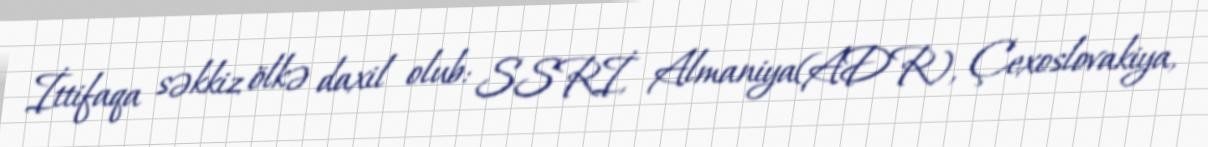
İttifaqa səkkiz ölkə daxil olub: SSRİ, Almaniya(ADR), Çexoslovakiya,